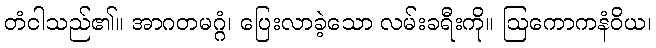
တံငါသည်၏။ အာဂတမဂ္ဂံ၊ ပြေးလာခဲ့သော လမ်းခရီးကို။ ဩကောကနံဝိယ၊